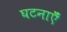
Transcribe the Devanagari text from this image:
घटनाऍँ